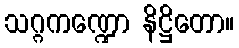
သဂ္ဂကဏ္ဍော နိဋ္ဌိတော။